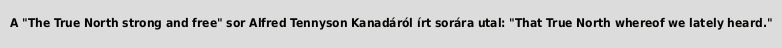
A "The True North strong and free" sor Alfred Tennyson Kanadáról írt sorára utal: "That True North whereof we lately heard."